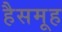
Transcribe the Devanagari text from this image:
हैसमूह